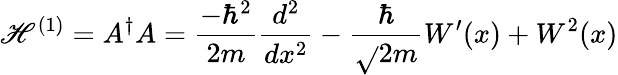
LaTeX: \mathscr{H}^{(1)}=A^{\dagger}A={\frac{{-\hbar^{2}}}{{2m}}}{\frac{{d^{2}}}{{dx^{2}}}}-{\frac{{\hbar}}{{\sqrt{}{{2m}}}}}W^{\prime}(x)+W^{2}(x)